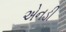
એનડી